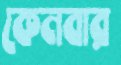
কেনবার